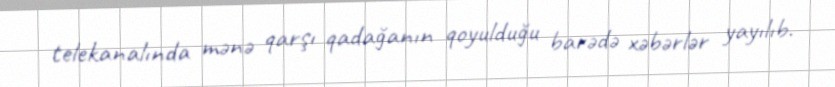
telekanalında mənə qarşı qadağanın qoyulduğu barədə xəbərlər yayılıb.